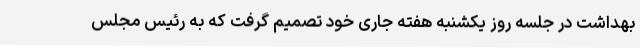
بهداشت در جلسه روز یکشنبه هفته جاری خود تصمیم گرفت که به رئیس مجلس